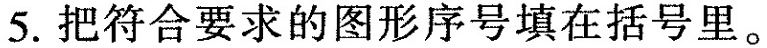
5. 把符合要求的图形序号填在括号里。